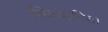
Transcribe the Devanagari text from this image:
सिल्वानिया